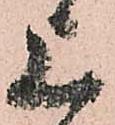
上